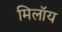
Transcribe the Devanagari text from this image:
मिलॉय